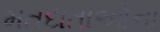
મતદાતાઓના